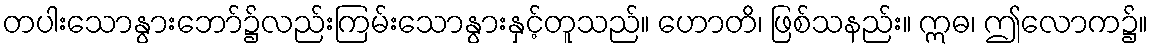
တပါးသောနွားဘော်၌လည်းကြမ်းသောနွားနှင့်တူသည်။ ဟောတိ၊ ဖြစ်သနည်း။ ဣဓ၊ ဤလောက၌။